Senior Leaving Certificate Examination (including Day School Certificate (Higher) General paper), 1949
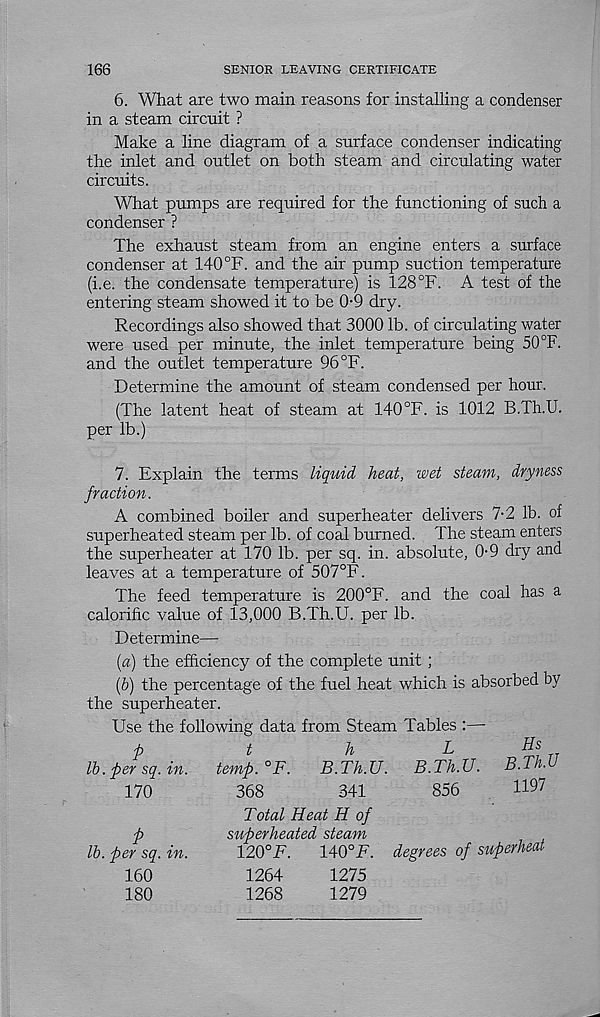
166
SENIOR LEAVING CERTIFICATE
6. What are two main reasons for installing a condenser
in a steam circuit ?
Make a line diagram of a surface condenser indicating
the inlet and outlet on both steam and circulating water
circuits.
What pumps are required for the functioning of such a
condenser ?
The exhaust steam from an engine enters a surface
condenser at 140 °F. and the air pump suction temperature
(i.e. the condensate temperature) is 128°F. A test of the
entering steam showed it to be 0-9 dry.
Recordings also showed that 3000 lb. of circulating water
were used per minute, the inlet temperature being 50 °F.
and the outlet temperature 96 °F.
Determine the amount of steam condensed per hour.
(The latent heat of steam at 140°F. is 1012 B.Th.U.
per lb.)
7. Explain the terms liquid heat, wet steam, dryness
fraction.
A combined boiler and superheater delivers 7-2 lb. of
superheated steam per lb. of coal burned. The steam enters
the superheater at 170 lb. per sq. in. absolute, 0-9 dry and
leaves at a temperature of 507°F.
The feed temperature is 200°F. and the coal has a
calorific value of 13,000 B.Th.U. per lb.
Determine—
[а) the efficiency of the complete unit ;
(б) the percentage of the fuel heat which is absorbed by
the superheater.
Use the following data from Steam Tables :—•
P
t
^
L
Hs
lb. per sq. in.
temp.°F.
B.Th.U.
B.Th.U.
B.Th.U
170
368
341
856
1197
P
lb. per sq. in.
160
180
Total Heat H of
superheated steam
120°F.
140°F. degrees of superheat
1264
1275
1268
1279